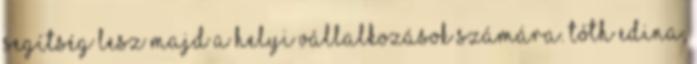
segítség lesz majd a helyi vállalkozások számára. Tóth Edina,